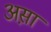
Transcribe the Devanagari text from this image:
अस़ा